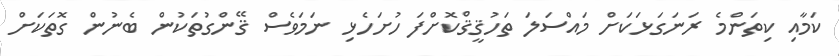
ކަމާއި ކިތަންމެ ރަނަގަޅަކަށް މައްސަލަ ތަހުޤީޤްކޮށްފަ ހުށަހެޅި ނަމަވެސް ޤޭންގުތަކުން ބެނުން ގޮތަކަށް